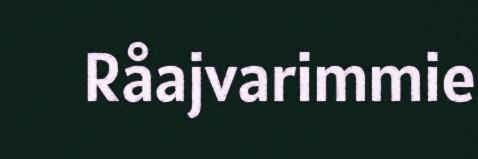
Råajvarimmie